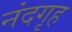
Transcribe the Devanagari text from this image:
नंदगृह